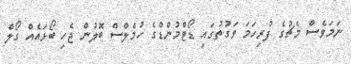
ނަމަވެސް މެޗުގެ ފުރިހަމަ ވަގުތުގައި ޑޯޓްމުންޑްގެ ހުމެލްސް ބޮލުން ޖެހި ބޯޅައެއް ގޯލް